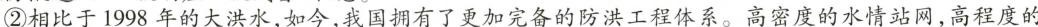
②相比于1998年的大洪水，如今，我国拥有了更加完备的防洪工程体系。高密度的水情站网，高程度的